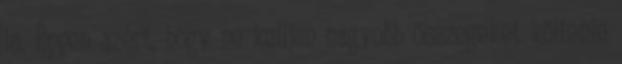
is. Éppen azért, hogy ne kelljen nagyobb összegeket költenie